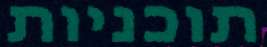
תוכניות